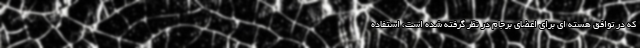
که در توافق هسته ای برای اعضای برجام در نظر گرفته شده است، استفاده